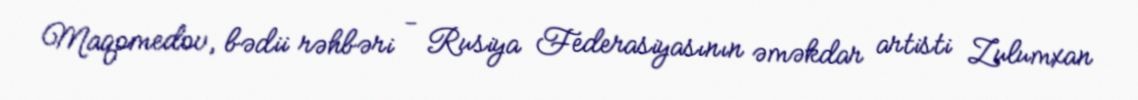
Maqomedov, bədii rəhbəri - Rusiya Federasiyasının əməkdar artisti Zulumxan